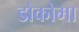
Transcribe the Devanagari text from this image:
डोकोमा